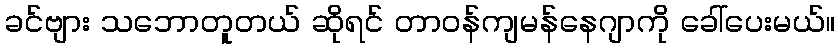
ခင်ဗျား သဘောတူတယ် ဆိုရင် တာဝန်ကျမန်နေဂျာကို ခေါ်ပေးမယ်။